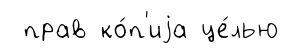
прав ко́п'иjа це́лью